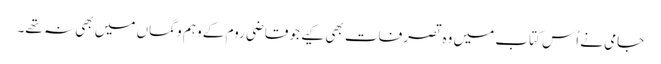
جامی نے اُس کتاب میں وہ تصرفات بھی کیے جو قاضی روم کے وہم و گماں میں بھی نہ تھے۔